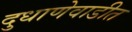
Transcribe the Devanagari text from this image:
दुधाणेवाडीत